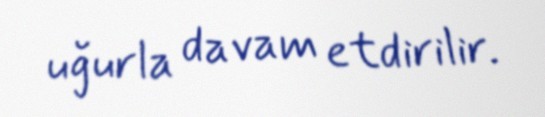
uğurla davam etdirilir.